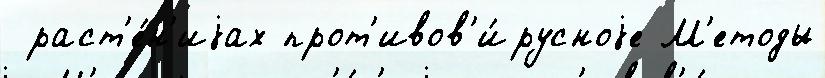
 раст'е́н'иjах прот'ивов'и́русноjе М'етоды